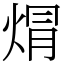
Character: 焨